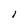
Character: i